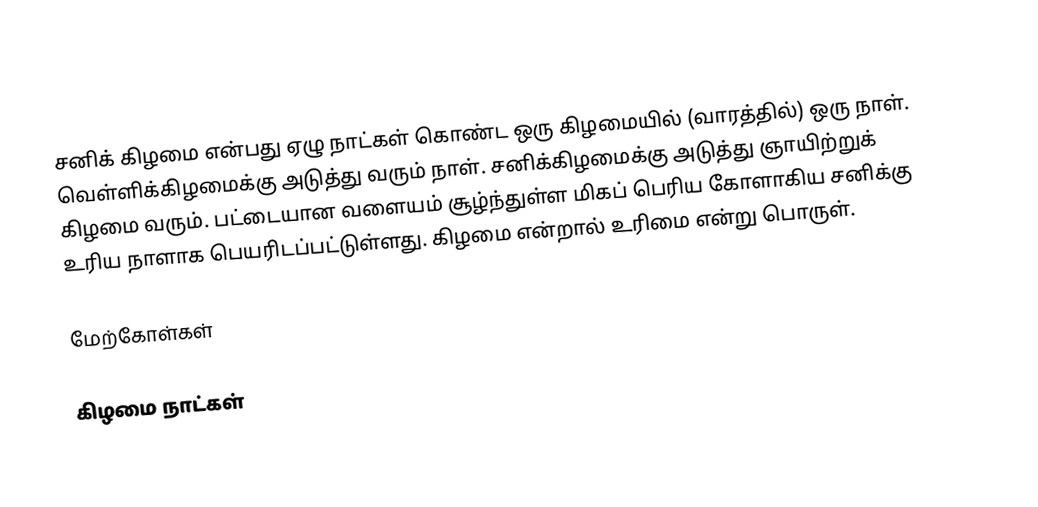
சனிக் கிழமை என்பது ஏழு நாட்கள் கொண்ட ஒரு கிழமையில் (வாரத்தில்) ஒரு நாள். வெள்ளிக்கிழமைக்கு அடுத்து வரும் நாள். சனிக்கிழமைக்கு அடுத்து ஞாயிற்றுக் கிழமை வரும். பட்டையான வளையம் சூழ்ந்துள்ள மிகப் பெரிய கோளாகிய சனிக்கு உரிய நாளாக பெயரிடப்பட்டுள்ளது. கிழமை என்றால் உரிமை என்று பொருள்.

மேற்கோள்கள்

கிழமை நாட்கள்